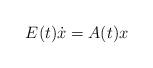
LaTeX: \begin{align*}E(t)\dot x=A(t)x\end{align*}